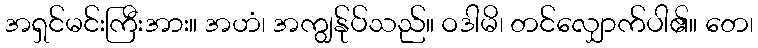
အရှင်မင်းကြီးအား။ အဟံ၊ အကျွန်ုပ်သည်။ ဝဒါမိ၊ တင်လျှောက်ပါ၏။ တေ၊